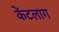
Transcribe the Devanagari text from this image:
केंटलाग